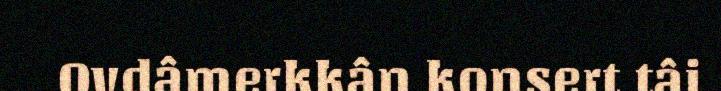
Ovdâmerkkân konsert tâi